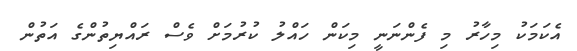
އެކަމަކު މިހާރު މި ފެންނަނީ މިކަން ހައްލު ކުރުމަށް ވެސް ރައްޔިތުންގެ އަތުން